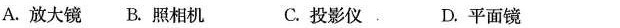
A.放大镜B.照相机C.投影仪。D.平面镜